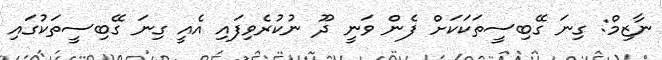
ނާޒިމް: ގިނަ ގޭބިސީތަކަކަށް ފެން ވަނީ ދޫ ނުކުރެވިފައި އެއީ ގިނަ ގޭބިސީތަކުގައި